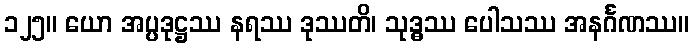
၁၂၅။ ယော အပ္ပဒုဋ္ဌဿ နရဿ ဒုဿတိ၊ သုဒ္ဓဿ ပေါသဿ အနင်္ဂဏဿ။